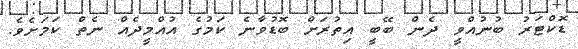
ޑޮކްޓަރު ބުނުއްވީ ދެން ބޭބީ އިތުރަށް ބޮޑުވާނެ ކަމުގެ އުއްމީދެއް ނެތް ކަމަށެވެ.